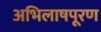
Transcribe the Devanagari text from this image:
अभिलाषपूरण